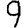
Digit: 9